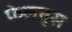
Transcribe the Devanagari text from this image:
फेलतुस